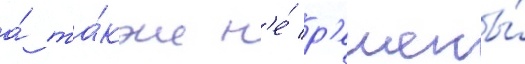
а́ та́кже н'е́ р'ешены́